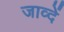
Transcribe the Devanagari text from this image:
जाव्दें